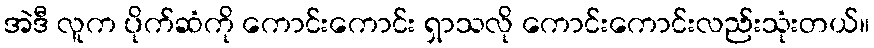
အဲဒီ လူက ပိုက်ဆံကို ကောင်းကောင်း ရှာသလို ကောင်းကောင်းလည်းသုံးတယ်။